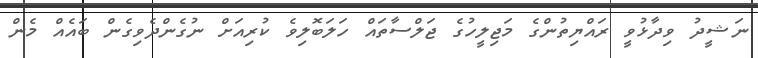
ނަޝީދު ވިދާޅުވީ ރައްޔިތުންގެ މަޖިލީހުގެ ޖަލްސާތައް ހަލަބޮލިވެ ކުރިއަށް ނުގެންދެވިގެން ބައެއް މެން